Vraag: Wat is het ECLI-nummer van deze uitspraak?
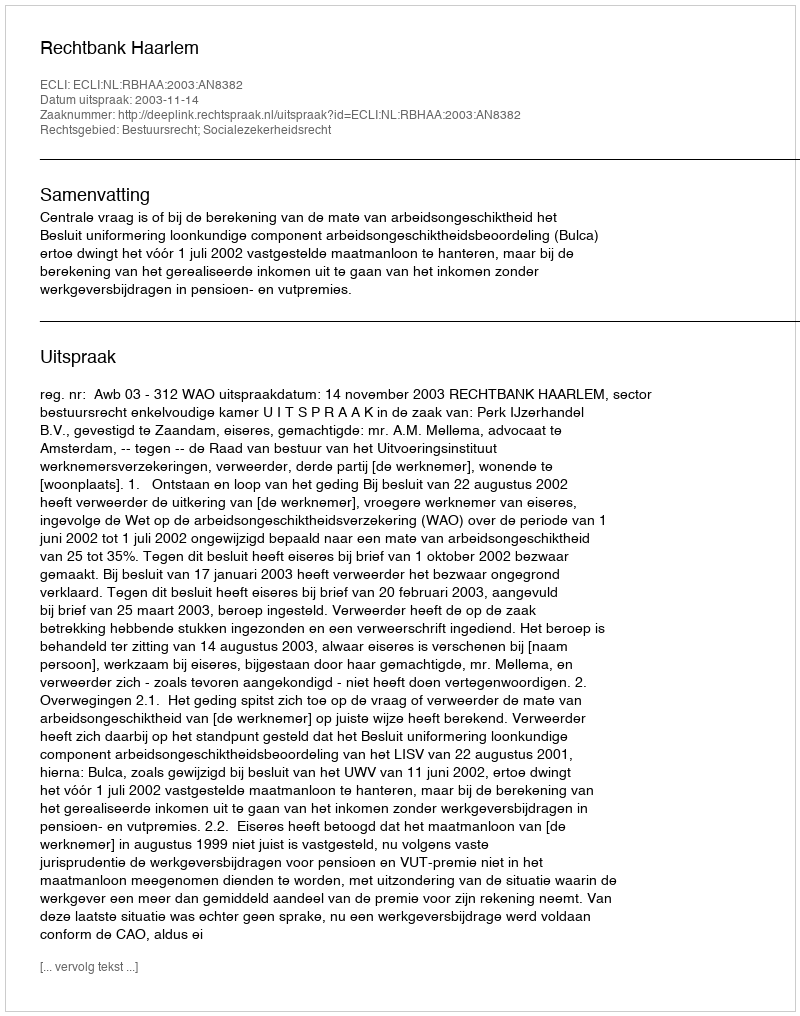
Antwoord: ECLI:NL:RBHAA:2003:AN8382